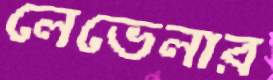
লেভেলার